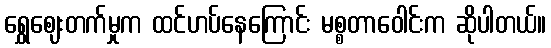
ရွှေဈေးတက်မှုက ထင်ဟပ်နေကြောင်း မစ္စတာဝေါင်းက ဆိုပါတယ်။